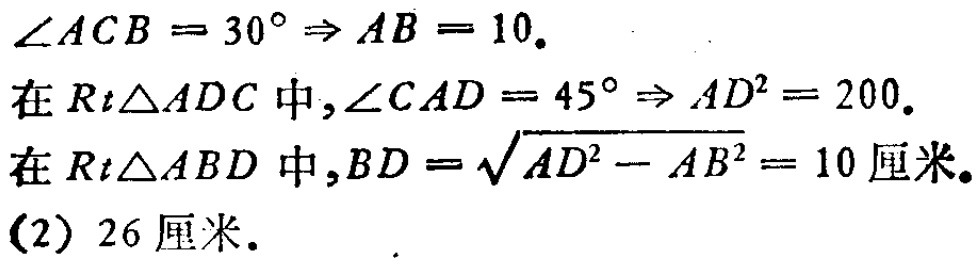
\(\angle ACB = 30^{\circ} \Rightarrow AB = 10.\)
在\(Rt\triangle ADC\)中,\(\angle CAD = 45^{\circ} \Rightarrow AD^{2} = 200.\)
在\(Rt\triangle ABD\)中,\(BD = \sqrt{AD^{2} - AB^{2}} = 10 \text{厘米}.\)
(2) \(26 \text{厘米}.\)